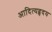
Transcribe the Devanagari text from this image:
आदित्यहृदय